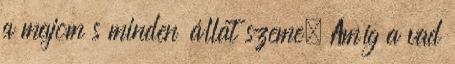
a majom s minden állat szeme. Amíg a vad